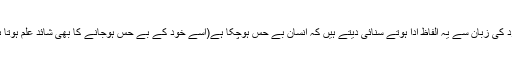
ہر فرد کی زبان سے یہ الفاظ ادا ہوتے سنائی دیتے ہیں کہ انسان بے حس ہوچکا ہے(اسے خود کے بے حس ہوجانے کا بھی شائد علم ہوتا ہے) ۔